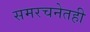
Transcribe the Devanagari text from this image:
समरचनेतही